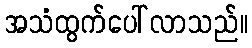
အသံထွက်ပေါ်လာသည်။